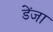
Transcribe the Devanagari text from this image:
डेंजा